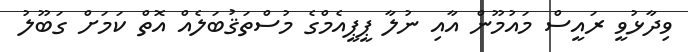
ވިދާޅުވީ ރައީސް މައުމޫން އާއި ނުލާ ޕީޕީއެމްގެ މުސްތަޤުބަލެއް އޮތް ކަމަށް ގަބޫލު